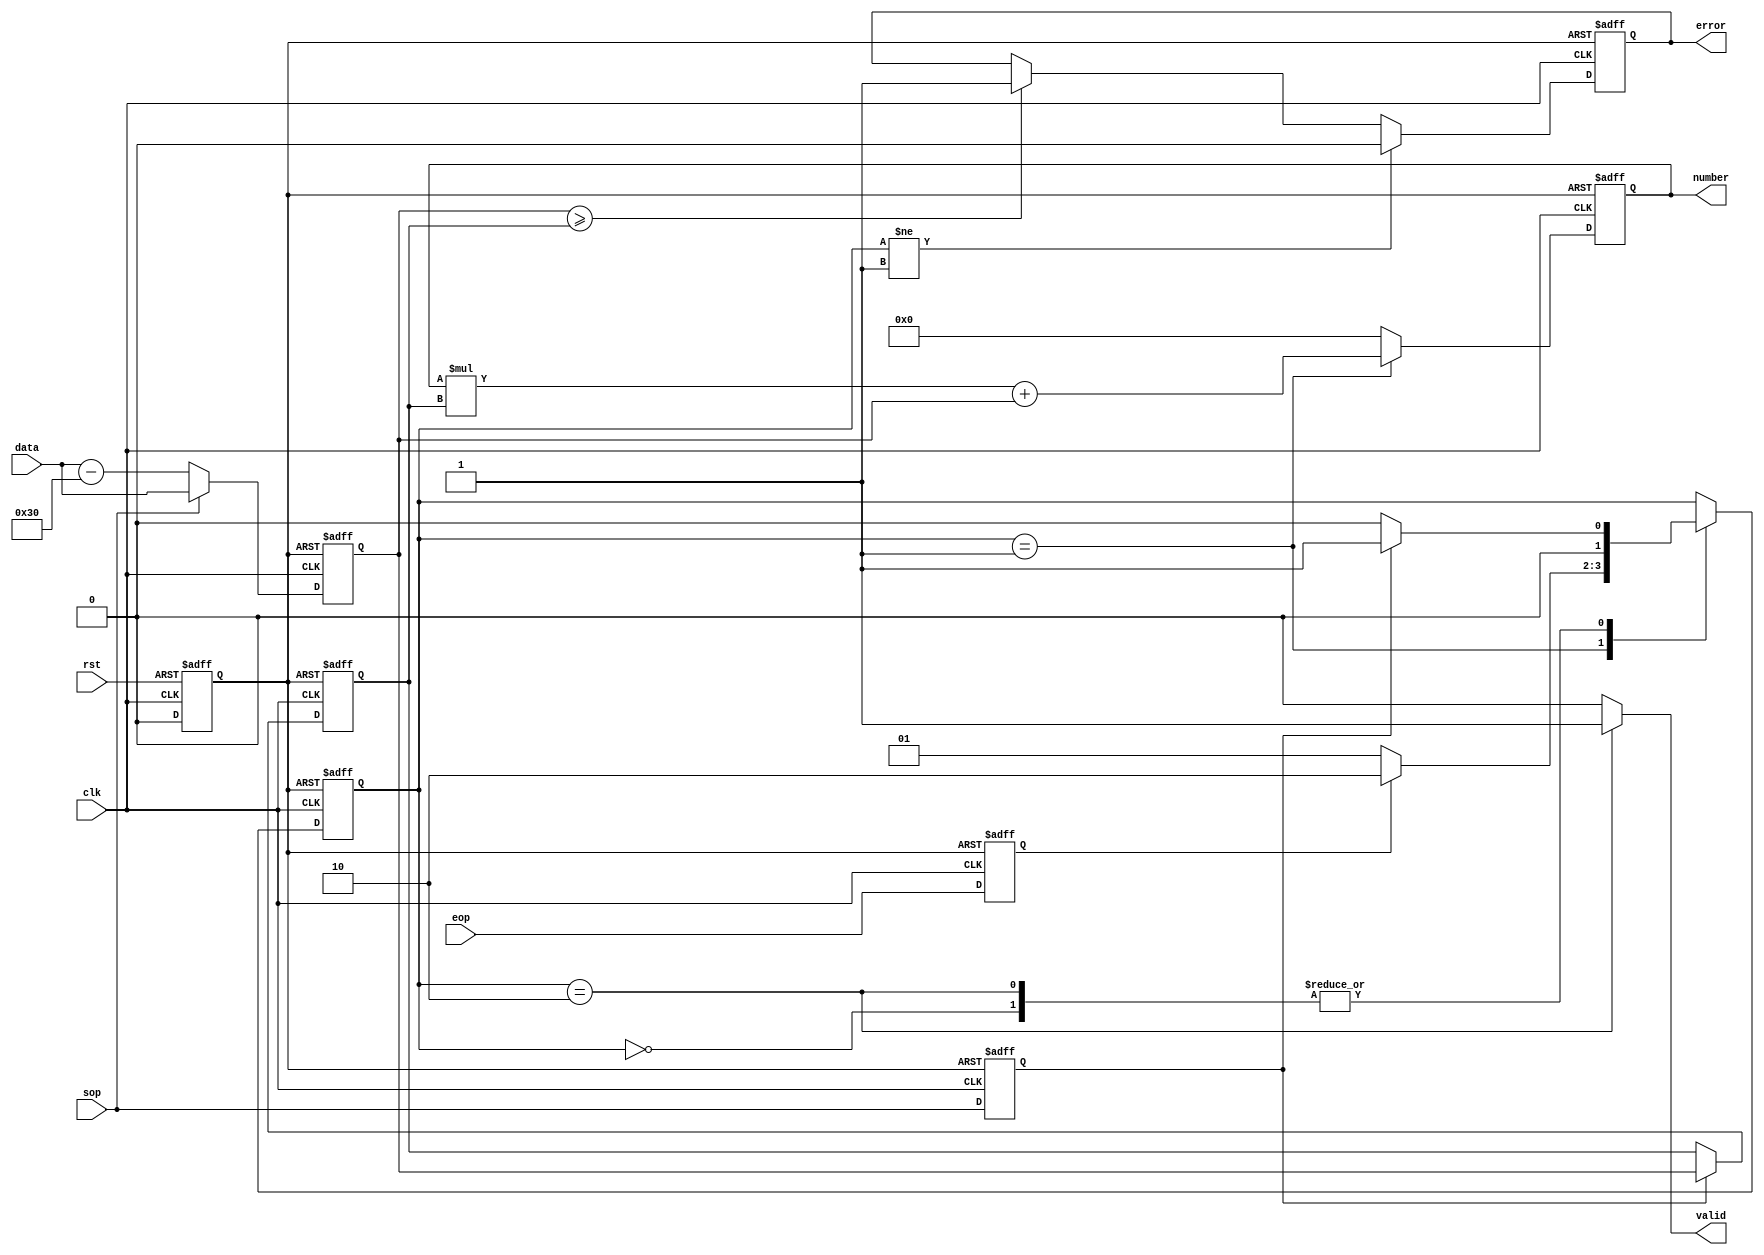
`timescale 1ns / 1ps
//////////////////////////////////////////////////////////////////////////////////
// Company: 
// 
// Design Name: 
// Module Name:    Converter 
// Project Name:    Hardware atoi
// Target Devices: 
// Tool versions: 
// Description: 
//
// Dependencies: 
//
// Revision: 
// Revision 0.01 - File Created
// Additional Comments: 
//
//////////////////////////////////////////////////////////////////////////////////
/*
 * Hardware atoi module. Works for base 2 to 10. When sop is high, the data input is the  
 * decimal value of the base of this operation. When ascii value given is out of base range,
 * an error will be raised until current operation ends.
 */
module Converter #(parameter INPUT_WIDTH = 8,
                   parameter OUTPUT_WIDTH = 32)(
    input[INPUT_WIDTH-1:0] data,
    input sop,
    input eop,
    input rst,
    input clk,
    output[OUTPUT_WIDTH-1:0] number,
    output valid,
    output error
    );
    
    localparam IDLE = 0;
    localparam WORKING = 1;
    localparam RESULT = 2;
    
    reg[INPUT_WIDTH-1:0] decimal_st1 = 0;
    reg[INPUT_WIDTH-1:0] base = 0;
    reg sop_st1 = 0;
    reg eop_st1 = 0;
    reg rst_sync = 0;
    reg err = 0;
    reg err_next;
    reg[OUTPUT_WIDTH-1:0] result;
    wire[OUTPUT_WIDTH-1:0] result_next;
    reg[1:0] state = IDLE;
    reg[1:0] state_next;
    
    /* Asynchronous reset assertion and synchronous deassertion*/
    always @(posedge clk or posedge rst)
        begin
            if (rst)
                rst_sync <= 1'b1;
            else
                rst_sync <= 1'b0;
        end
    
    /* Reset and clk edge register update logic */
    always @(posedge clk or posedge rst_sync)
        begin
            if (rst_sync)
                begin
                    state <= IDLE;
                    sop_st1 <= 'b0;
                    eop_st1 <= 1'b0;
                    result <= 'd0;
                    err <= 1'b0;
                    base <= 'd0;
                    decimal_st1 <= 'd0;
                end
            else
                begin
                    state <= state_next;
                    result <= result_next;
                    sop_st1 <= sop;
                    eop_st1 <= eop;
                    err <= err_next;
                    /* when sop high, data gives decimal value of base. Otherwise, data is ascii*/
                    if (sop)
                        decimal_st1 <= data;
                    else
                        decimal_st1 <= data - 48;
                    if (sop_st1)
                        base <= decimal_st1;
                        
                end
        end
    
    /* state machine. When sop happens right after eop, state transitions from RESULT to WORKING*/
    always @(*)
        begin
            state_next = IDLE;
            case(state)
            IDLE: state_next = sop_st1?WORKING:IDLE;
            WORKING: state_next = eop_st1?RESULT:WORKING;
            RESULT: state_next = sop_st1?WORKING:IDLE;
            default: state_next = state;
            endcase
        end
    
    /* erro logic. When value bigger than base, error is raised until end of current operation*/
    always @(*)
        begin
            err_next = err;
            if (state != WORKING)
                err_next = 'b0;
            else if (decimal_st1 >= base)
                err_next = 'b1;
            else
                err_next = err;
        end
            
    assign valid = (state==RESULT)?'b1:'b0;
    assign result_next = (state==WORKING)?result*base+decimal_st1:'d0;
    assign number = result;
    assign error = err;  
            
endmodule